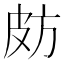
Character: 𣃤